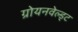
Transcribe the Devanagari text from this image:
ग्रोयनवेल्ड्ट